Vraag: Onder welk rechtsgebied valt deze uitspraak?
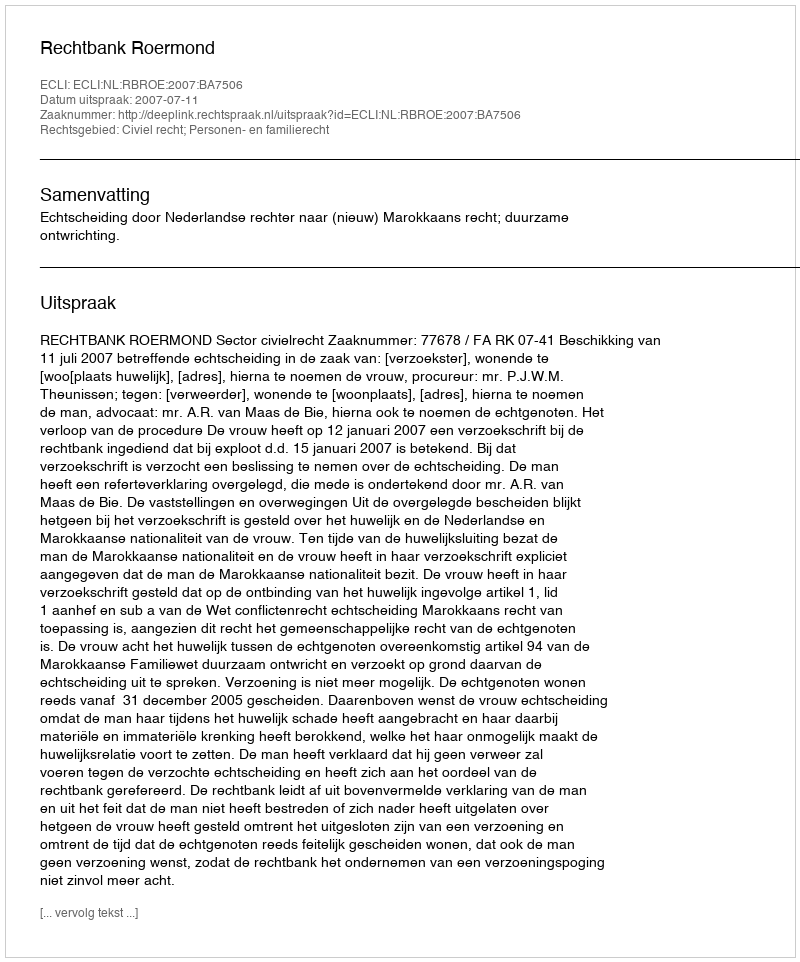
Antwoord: Civiel recht; Personen- en familierecht